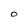
Character: 0